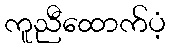
ကူညီထောက်ပံ့